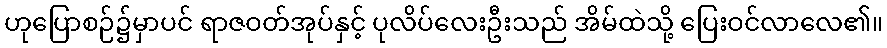
ဟုပြောစဉ်၌မှာပင် ရာဇဝတ်အုပ်နှင့် ပုလိပ်လေးဦးသည် အိမ်ထဲသို့ ပြေးဝင်လာလေ၏။